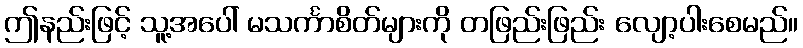
ဤနည်းဖြင့် သူ့အပေါ် မသင်္ကာစိတ်များကို တဖြည်းဖြည်း လျော့ပါးစေမည်။